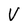
Character: V